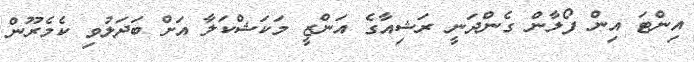
އިންޓަ އިން ފޯލާން ގެންދަނީ ރަޝިއާގެ އަންޒީ މަކަޝްކަލާ އަށް ބަދަލުވި ކެމެރޫން